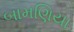
બામણિયા